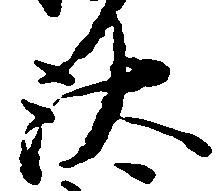
汰